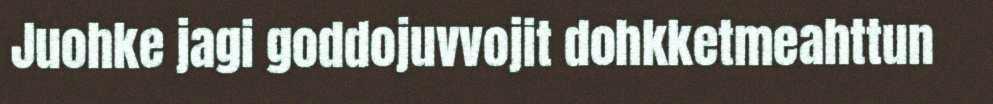
Juohke jagi goddojuvvojit dohkketmeahttun